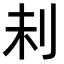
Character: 𠛐